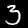
Label: 3